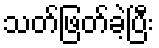
သတ်ဖြတ်ခဲ့ပြီး